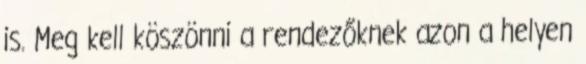
is. Meg kell köszönni a rendezőknek azon a helyen